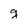
Character: g